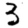
Digit: 3